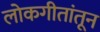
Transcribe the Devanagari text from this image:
लोकगीतांतून